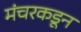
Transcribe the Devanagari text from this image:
मंचरकडून